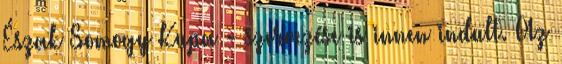
Észak Somogy Kupa - szervezése is innen indult. Az